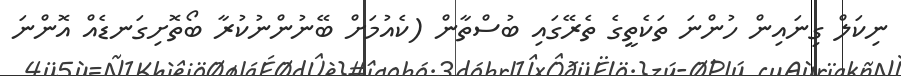
ނިކަލް ގިނައިން ހުންނަ ތަކެތީގެ ތެރޭގައި ބުސްތާން (ކެއުމަށް ބޭނުންނުކުރާ ބޯތޮށިގަނޑެއް އޮންނަ